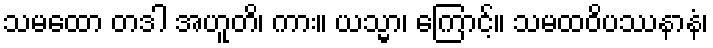
သမထော တဒါ အဟူတိ၊ ကား။ ယသ္မာ၊ ကြောင့်။ သမထဝိပဿနာနံ၊